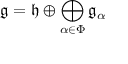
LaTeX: { \mathfrak { g } } = { \mathfrak { h } } \oplus \bigoplus _ { \alpha \in \Phi } { \mathfrak { g } } _ { \alpha }